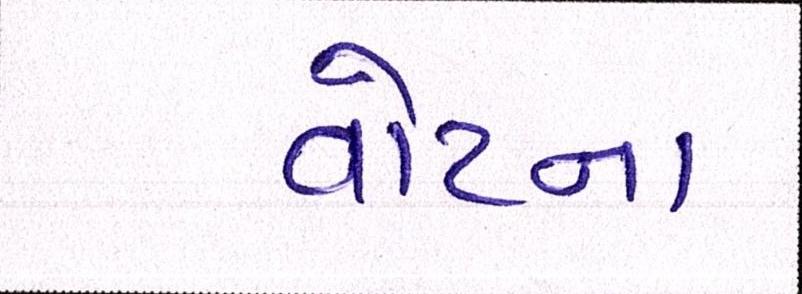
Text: વોટના